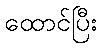
ထောင်ပြီး